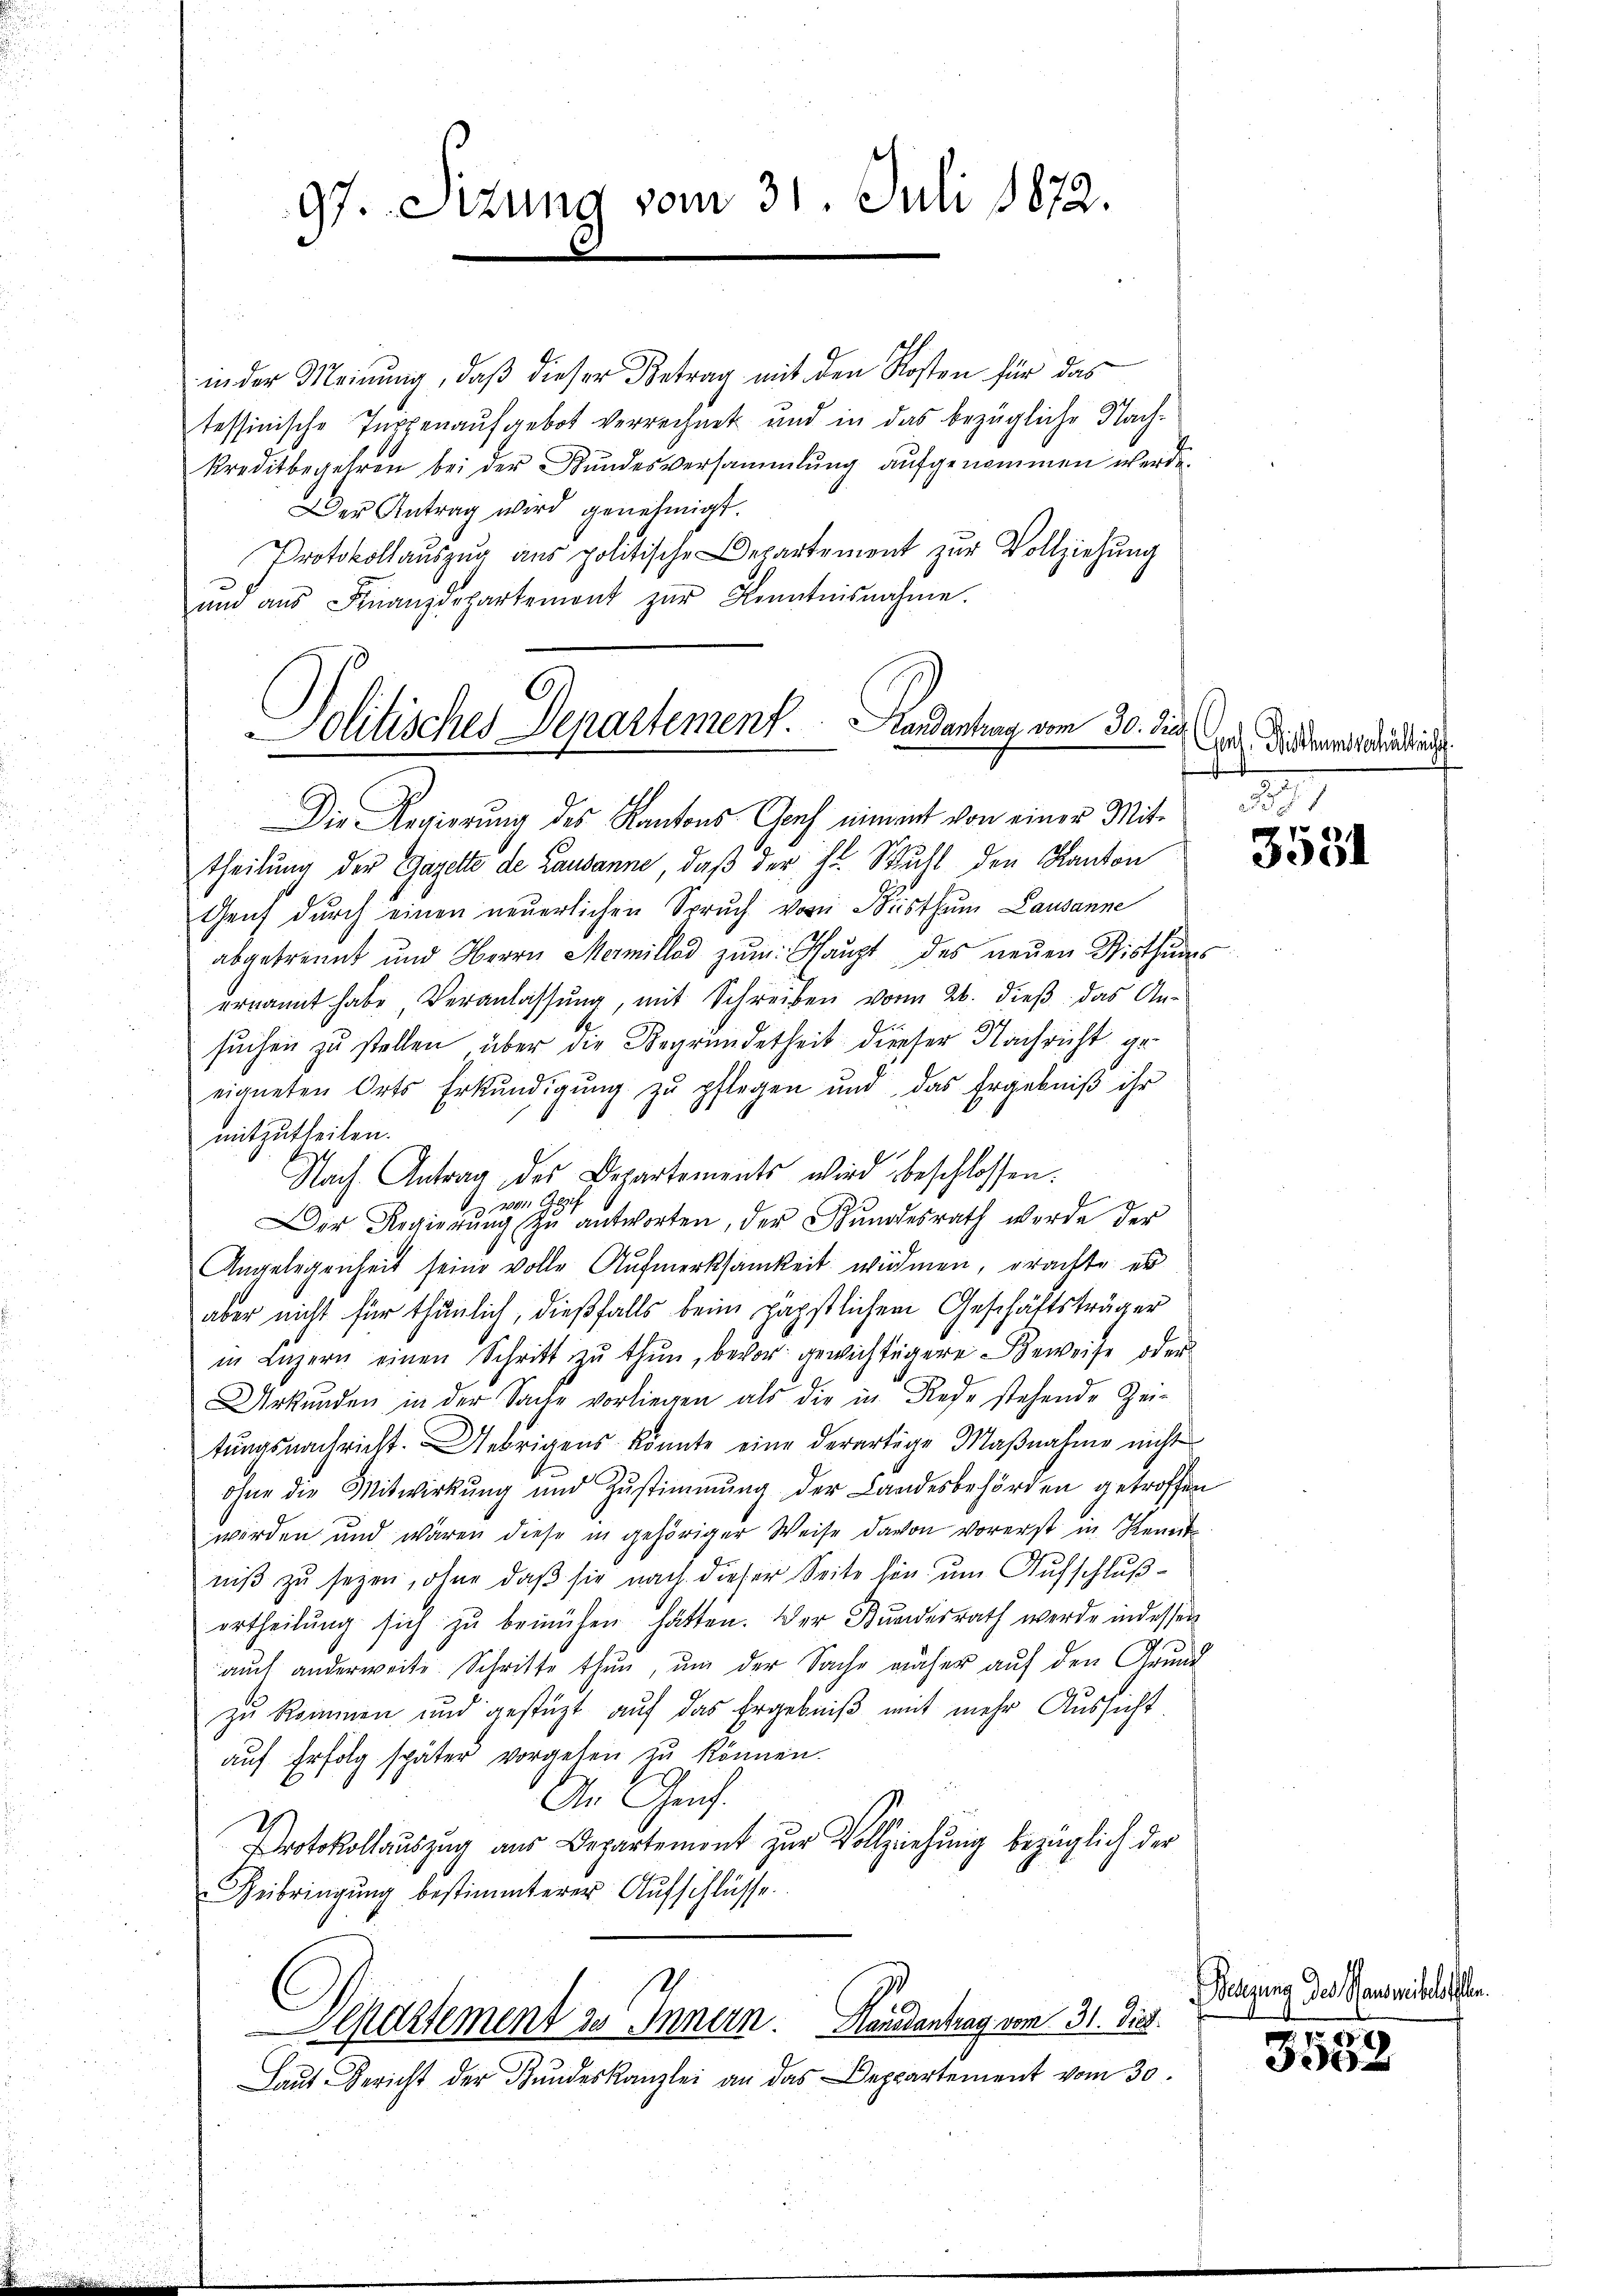
97. Sitzung vom 31. Juli 1872.

in der Meinung, daβ dieser Betrag mit den Kosten für das
tessinische Tuppenaufgebot verrechnet und in das bezügliche Nach-
kreditbegehren bei der Bundesversammlung aufgenommen werde.
Der Antrag wird genehmigt.
Protokollauszug aus politische Departement zur Vollziehung
ŭm aŭs Finanzdepartement zŭr Kenntnisnahme.
Die Regierung des Kantons Graf niment von einer Mit¬
Theilung der Gazette de Lausanne, daß der Hr. Schucht den Kanton
Genf durch einen neuerlichen Spruch von Bisthum Lausanne
abgetrennt und Herrn Mermillod zŭm Haupt des neuen Bisthums
ernannt habe Veranlassung, mit Schreiben vom 26. dieß das An-
suchen zu stellen, über die Begründetheit dieser Nachricht geeigneten Orts Erkŭndigŭng zŭ pflegen und das Ergebniβ ihr
mitzutheilen.
Nach Antrag des Departements wird beschlossen.
 von Ge
Der Regierŭng zŭ antworten, der Bundesrath werde der
Angelegenheit seine volle Aufmerksamkeit widmen, brachte er
aber nicht für thunlich, dießfalls beim päpstlichen Geschäftsträger
in Luzern einen Schritt zŭ thŭn, bevor gewichtigere Beweise oder
Urkunden in der Sache vorliegen als die in Rede stehende Zei-
tungsnachricht. Uebrigens könnte eine derartige Maßnahme nicht
ohne die Mitwirkung und Zustimmung der Landesbehörden getroffen
werden und wären diese in gehöriger Weise davon vorerst in Kennt
niß zu sezen, ohne daß sie nach dieser Seite hin um Aufschlußertheilung sich zu bemühen hätten. Der Bundesrath werde in dessen
auch anderweite Schritte thun, um der Sache näher auf den Grund
zu kommen und gestüzt aŭf das Ergebniβ mit mehr Aussicht
auf Erfolg später vorgeben zu können.
An Genf.
Protokollauszug aus Departement zur Vollziehung bezüglich der
Heibringŭng bestimmterer Aŭfschlüsse.
Aepartement zu Innern. Handentrag vom 31. Die
Laŭt Gericht der Bundeskanzlei an das Deppartement vom 30.

Politisches Departement.      Randantrag vom 30. dies

Ges. Bisthumsverhältlich
251

n

3531

.
3352

Wiligung des Handweibehalten